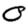
Digit: 0